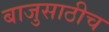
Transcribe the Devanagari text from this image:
बाजुसाठीच